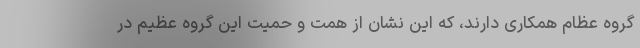
گروه عظام همکاری دارند، که این نشان از همت و حمیت این گروه عظیم در